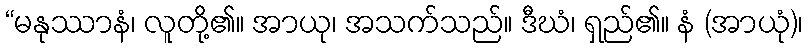
“မနုဿာနံ၊ လူတို့၏။ အာယု၊ အသက်သည်။ ဒီဃံ၊ ရှည်၏။ နံ (အာယုံ)၊